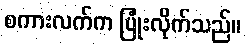
စကားလက်က ပြုံးလိုက်သည်။